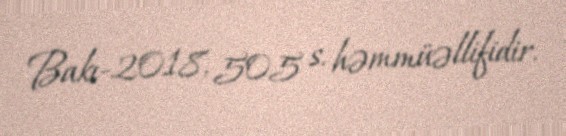
Bakı-2018, 505 s. həmmüəllifidir.